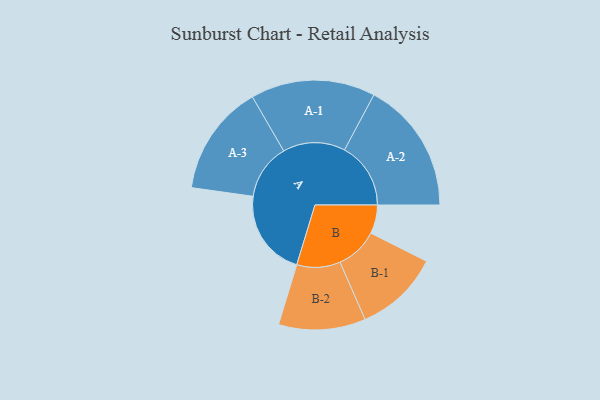
{"axis": {"x": "Segment", "y": "Value"}, "legend": ["", "A", "B"], "data": [{"x": "A", "y": 309, "type": ""}, {"x": "B", "y": 102, "type": ""}, {"x": "A-1", "y": 222, "type": "A"}, {"x": "A-2", "y": 236, "type": "A"}, {"x": "A-3", "y": 198, "type": "A"}, {"x": "B-1", "y": 151, "type": "B"}, {"x": "B-2", "y": 155, "type": "B"}]}